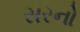
સરનો